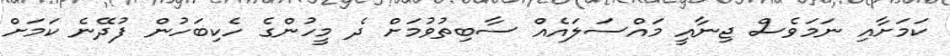
ކަމަށާއި ނަމަވެސް ޖިނާއީ މައްސަލައެއް ސާބިތުވުމަށް ދެ މީހުންގެ ހެކިބަހުން ފުދޭނެ ކަމަށް